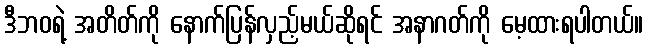
ဒီဘဝရဲ့ အတိတ်ကို နောက်ပြန်လှည့်မယ်ဆိုရင် အနာဂတ်ကို မေ့ထားရပါတယ်။